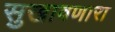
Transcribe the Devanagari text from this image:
सुखावणारा